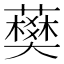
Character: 𧀭